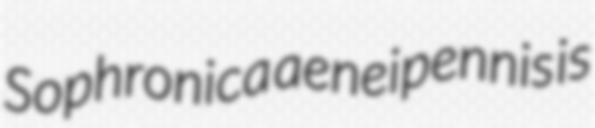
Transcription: Sophronica aeneipennis is